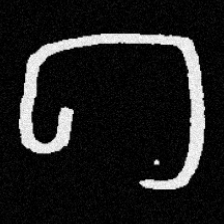
Pyu character \u2014 Myanmar letter: ဂ (romanized: ga)